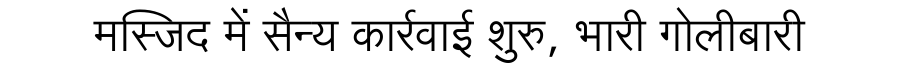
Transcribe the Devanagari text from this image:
मस्जिद में सैन्य कार्रवाई शुरु, भारी गोलीबारी